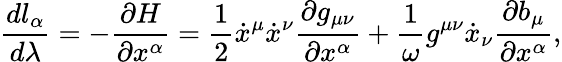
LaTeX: \frac{dl_{\alpha}}{d\lambda}=-\frac{\partial H}{\partial x^{\alpha}}=\frac{1}{2}\dot{x}^{\mu}\dot{x}^{\nu}\frac{\partial g_{\mu\nu}}{\partial x^{\alpha}}+\frac{1}{\omega}g^{\mu\nu}\dot{x}_{\nu}\frac{\partial b_{\mu}}{\partial x^{\alpha}},